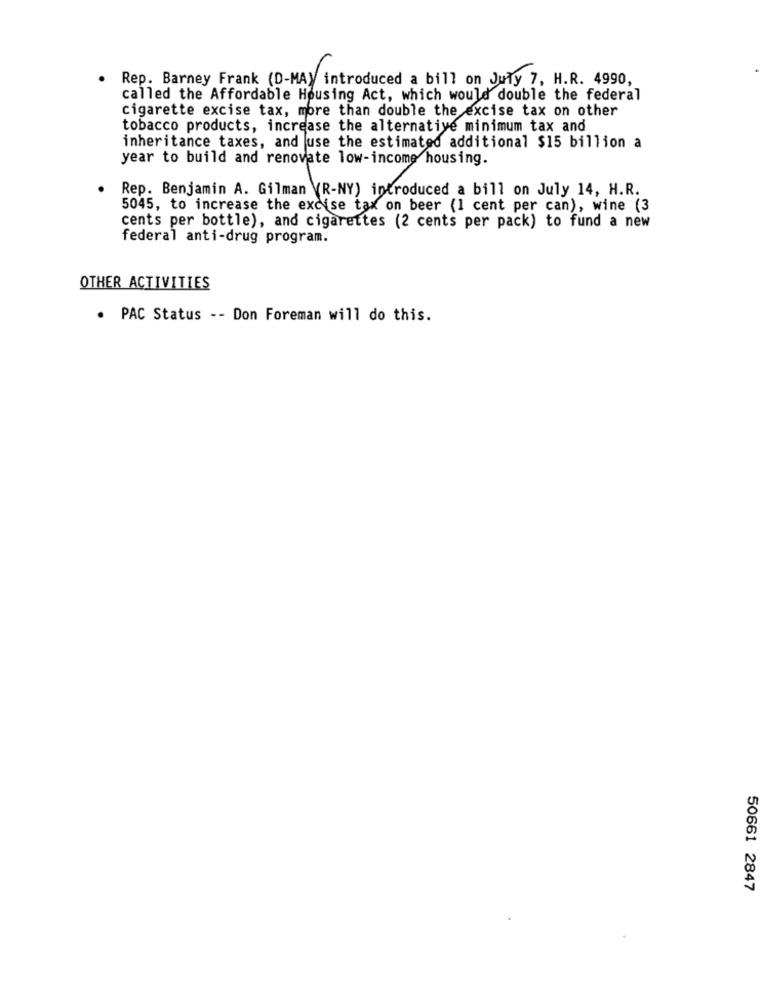
Rep. Barney Frank (D-MAY introduced a bill on July 7, H.R. 4990,
called the Affordable Housing Act, which would double the federal
cigarette excise tax, more than double the excise tax on other
tobacco products, increase the alternative minimum tax and
inheritance taxes, and use the estimated additional $15 billion a
year to build and renovate low-income housing.
Rep. Benjamin A. Gilman VR-NY) introduced a bill on July 14, H.R.
5045, to increase the excise tax on beer (1 cent per can), wine (3
cents per bottle), and cigarettes (2 cents per pack) to fund a new
federal anti-drug program.
OTHER ACTIVITIES
. PAC Status -- Don Foreman will do this.
50661 2847